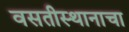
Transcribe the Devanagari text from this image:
वसतीस्थानाचा